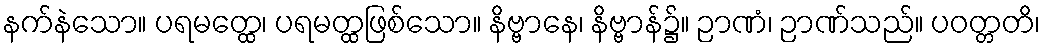
နက်နဲသော။ ပရမတ္ထေ၊ ပရမတ္ထဖြစ်သော။ နိဗ္ဗာနေ၊ နိဗ္ဗာန်၌။ ဉာဏံ၊ ဉာဏ်သည်။ ပဝတ္တတိ၊